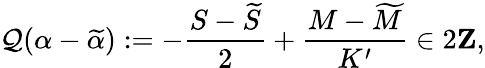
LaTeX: \mathcal{Q}(\alpha-\widetilde{{\alpha}}):=-\frac{{S-\widetilde{{S}}}}{{2}}+\frac{{M-\widetilde{{M}}}}{{K^{\prime}}}\in2{\mathbf{Z}},